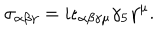
\sigma _ { \alpha \beta \gamma } = i \epsilon _ { \alpha \beta \gamma \mu } \gamma _ { 5 } \gamma ^ { \mu } .